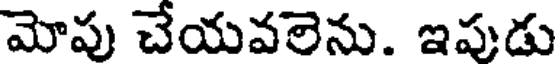
మోపు చేయవలెను. ఇపుడు